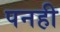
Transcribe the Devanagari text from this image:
पनही